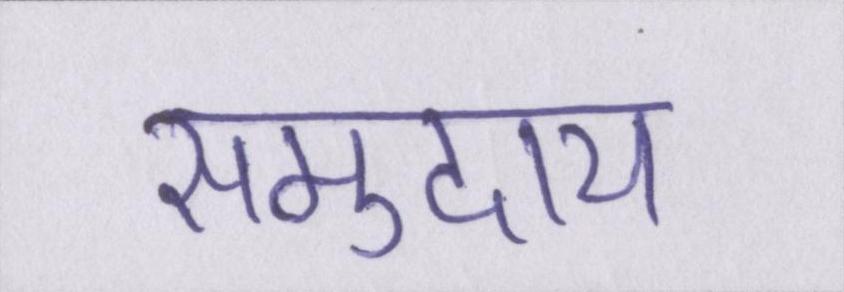
समुदाय